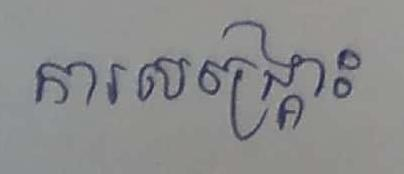
ការសង្គ្រោះ